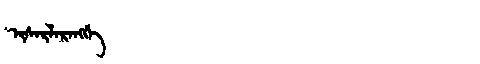
Manchu: ᡳᠰᠠᡵᠯᠠᡵᠠᠩᡤᡝ
Romanization: ISARLARANGGE